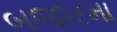
બજારમા